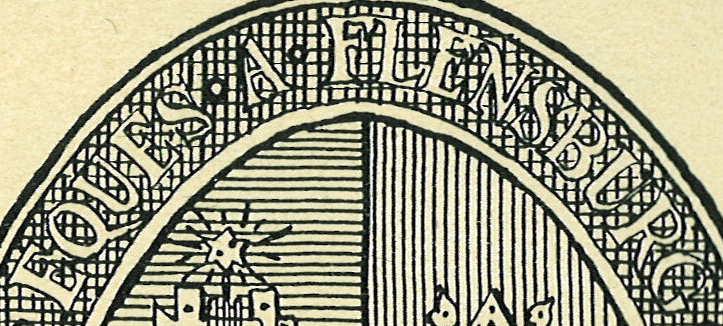
EQUES.A.FLENSBURG